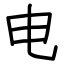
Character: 电